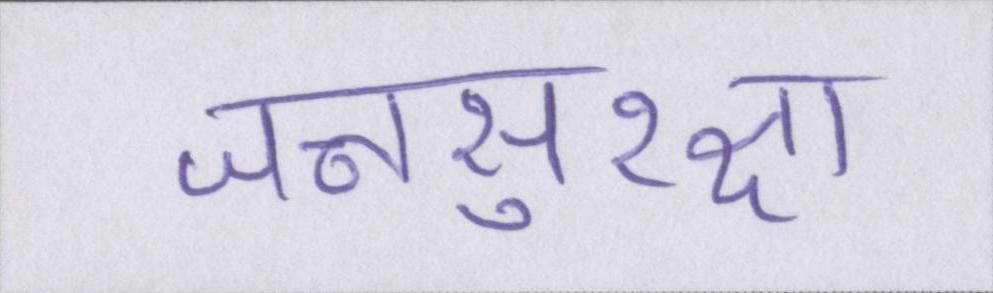
जनसुरक्षा